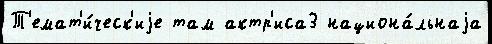
Т'емат'и́ческ'иjе там актр'иса3 национа́льнаjа